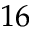
1 6